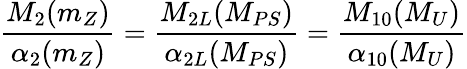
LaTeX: \frac{M_{2}(m_{Z})}{\alpha_{2}(m_{Z})}=\frac{M_{2L}(M_{PS})}{\alpha_{2L}(M_{PS})}=\frac{M_{10}(M_{U})}{\alpha_{10}(M_{U})}